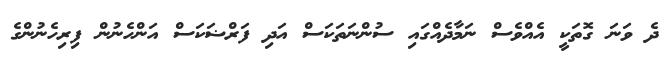
ދެ ވަނަ ގޮތަކީ އެއްވެސް ނަމާދެއްގައި ސުންނަތަކަސް އަދި ފަރްޟަކަސް އަންހެނުން ފިރިހެނުންގެ